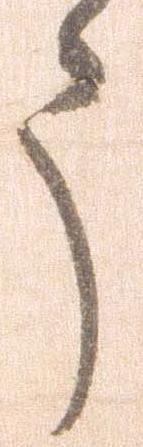
う